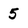
Character: 5